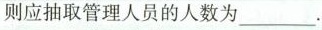
则应抽取管理人员的人数为 ___ .